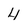
Character: 4